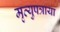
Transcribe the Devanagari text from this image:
मृत्युपत्राया